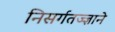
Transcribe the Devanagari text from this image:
निसर्गतज्‍ज्ञाने